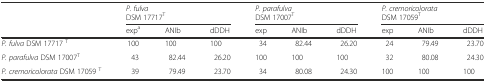
<table><thead><tr><td rowspan="2"></td><td colspan="3"><b><i>P. fulva</i>DSM 17717<sup>T</sup></b></td><td colspan="3"><b><i>P. parafulva</i>DSM 17007<sup>T</sup></b></td><td colspan="3"><b><i>P. cremoricolorata</i>DSM 17059<sup>T</sup></b></td></tr><tr><td><b>exp<sup>a</sup></b></td><td><b>ANIb</b></td><td><b>dDDH</b></td><td><b>exp</b></td><td><b>ANIb</b></td><td><b>dDDH</b></td><td><b>exp</b></td><td><b>ANIb</b></td><td><b>dDDH</b></td></tr></thead><tbody><tr><td><i>P. fulva</i> DSM 17717 <sup>T</sup></td><td>100</td><td>100</td><td>100</td><td>34</td><td>82.44</td><td>26.20</td><td>24</td><td>79.49</td><td>23.70</td></tr><tr><td><i>P. parafulva</i> DSM 17007<sup>T</sup></td><td>43</td><td>82.44</td><td>26.20</td><td>100</td><td>100</td><td>100</td><td>32</td><td>80.08</td><td>24.30</td></tr><tr><td><i>P. cremoricolorata</i> DSM 17059 <sup>T</sup></td><td>39</td><td>79.49</td><td>23.70</td><td>34</td><td>80.08</td><td>24.30</td><td>100</td><td>100</td><td>100</td></tr></tbody></table>